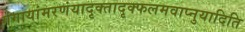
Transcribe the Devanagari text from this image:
गंगायांमरणंयादृक्तादृक्फलमवाप्नुयादिति